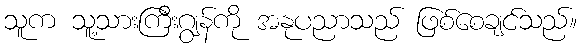
သူက သူ့သားကြီးဂျွန်ကို အနုပညာသည် ဖြစ်စေချင်သည်။